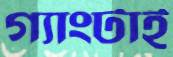
গ্যাংটাই